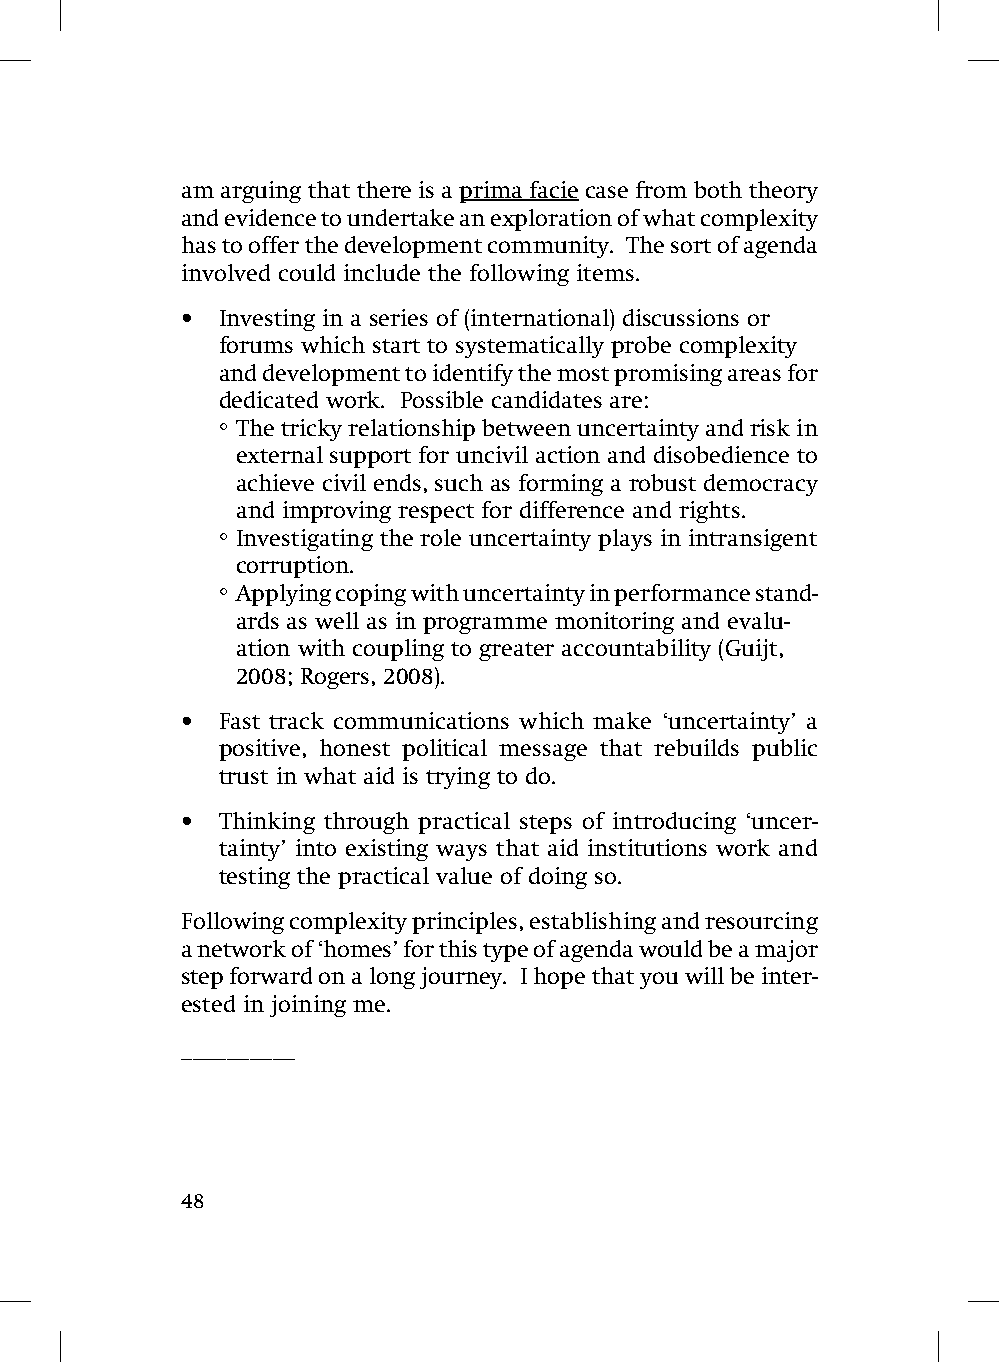
am arguing that there is a prima facie case from both theory
 and evidence to undertake an exploration of what complexity
 has to offer the development community. The sort of agenda
 involved could include the following items.
 • Investing in a series of (international) discussions or
 forums which start to systematically probe complexity
 and development to identify the most promising areas for
 dedicated work. Possible candidates are:
 ° The tricky relationship between uncertainty and risk in
 external support for uncivil action and disobedience to
 achieve civil ends, such as forming a robust democracy
 and improving respect for difference and rights.
 ° Investigating the role uncertainty plays in intransigent
 corruption.
 ° Applying coping with uncertainty in performance stand-
 ards as well as in programme monitoring and evalu-
 ation with coupling to greater accountability (Guijt,
 2008; Rogers, 2008).
 • Fast track communications which make ‘uncertainty’ a
 positive, honest political message that rebuilds public
 trust in what aid is trying to do.
 • Thinking through practical steps of introducing ‘uncer-
 tainty’ into existing ways that aid institutions work and
 testing the practical value of doing so.
 Following complexity principles, establishing and resourcing
 a network of ‘homes’ for this type of agenda would be a major
 step forward on a long journey. I hope that you will be inter-
 ested in joining me.
 __________
 48